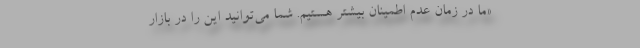
«ما در زمان عدم اطمینان بیشتر هستیم. شما می‌توانید این را در بازار